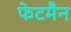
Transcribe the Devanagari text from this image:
फेटमैन